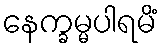
နေက္ခမ္မပါရမိံ